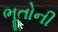
ભૂતોની